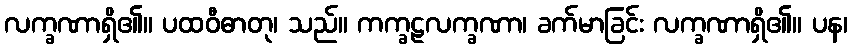
လက္ခဏာရှိ၏။ ပထဝီဓာတု၊ သည်။ ကက္ခဠလက္ခဏာ၊ ခက်မာခြင်း လက္ခဏာရှိ၏။ ပန၊